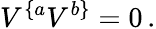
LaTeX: V^{\{ a}V^{b\} }=0\, .